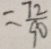
= \frac { 7 2 } { 9 0 }